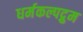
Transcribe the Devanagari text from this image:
धर्मकल्पद्रुम